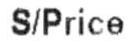
S/PRICE